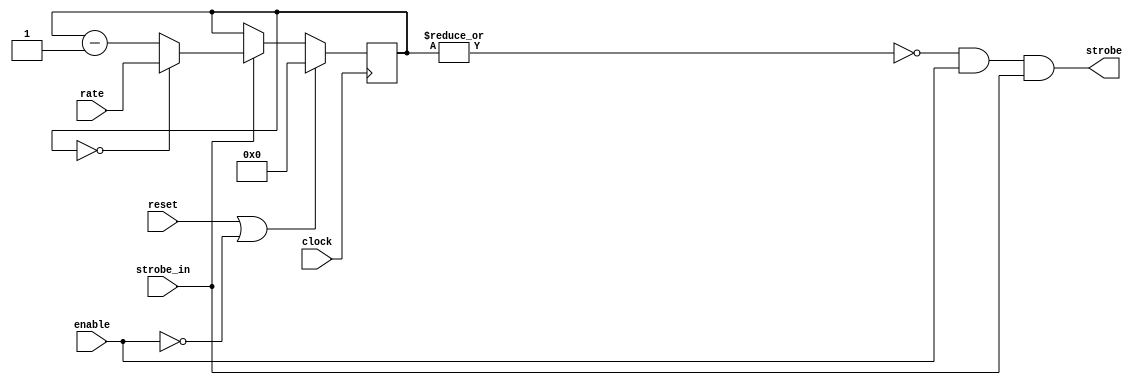
module strobe_gen 
  ( input clock,
    input reset,
    input enable,
    input [7:0] rate, // Rate should be 1 LESS THAN your desired divide ratio
    input strobe_in,
    output wire strobe );
   
//   parameter width = 8;
   
   reg [7:0] counter;
   assign strobe = ~|counter && enable && strobe_in;
   
   always @(posedge clock)
     if(reset | ~enable)
       counter <= #1 8'd0;
     else if(strobe_in)
       if(counter == 0)
	 counter <= #1 rate;
       else 
	 counter <= #1 counter - 8'd1;
   
endmodule